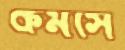
কমসে